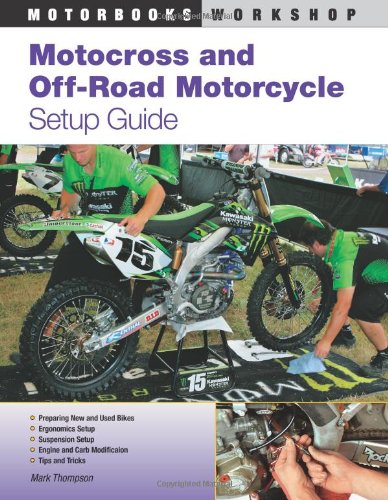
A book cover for Motocross and Off-Road Motorcycle Setup Guide (Motorbooks Workshop); Mark Thompson; Sports & Outdoors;